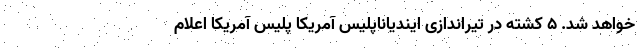
خواهد شد. ۵ کشته در تیراندازی ایندیاناپلیس آمریکا پلیس آمریکا اعلام